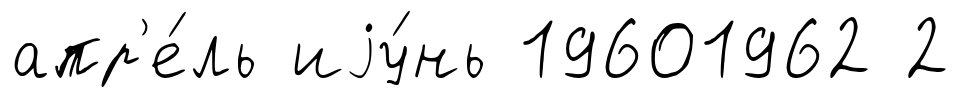
апр'е́ль иjу́нь 19601962 2